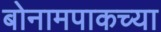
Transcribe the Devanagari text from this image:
बोनामपाकच्या